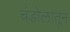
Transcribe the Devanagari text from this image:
चंडोलातून